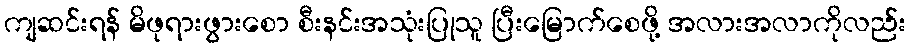
ကျဆင်းရန် မိဖုရားဖွားစော စီးနင်းအသုံးပြုသူ ပြီးမြောက်စေဖို့ အလားအလာကိုလည်း